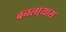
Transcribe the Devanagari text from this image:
बनला्यास